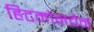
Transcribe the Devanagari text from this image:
हिटमोनचैन